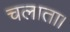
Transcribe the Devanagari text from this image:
चलाता।